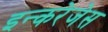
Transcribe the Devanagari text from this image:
इन्करेजेस